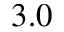
3 . 0